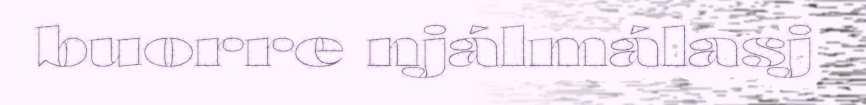
buorre njálmálasj